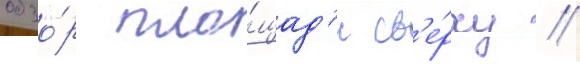
обзо́р пло́щад'и св'е́рху //